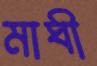
মাঘী